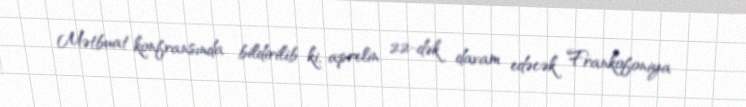
Mətbuat konfransında bildirilib ki, aprelin 22-dək davam edəcək Frankofoniya